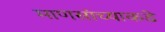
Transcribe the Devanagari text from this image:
माणसांच्याकडे